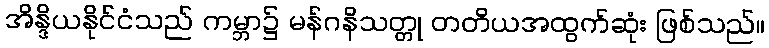
အိန္ဒိယနိုင်ငံသည် ကမ္ဘာ၌ မန်ဂနိသတ္တု တတိယအထွက်ဆုံး ဖြစ်သည်။